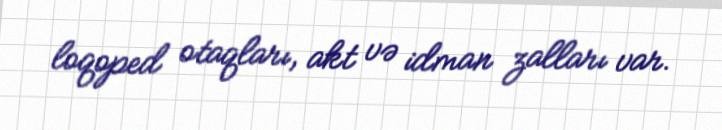
loqoped otaqları, akt və idman zalları var.